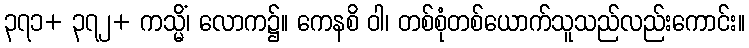
၃၇၁+ ၃၇၂+ ကသ္မိံ၊ လောက၌။ ကေနစိ ဝါ၊ တစ်စုံတစ်ယောက်သူသည်လည်းကောင်း။